Indian Medical Review
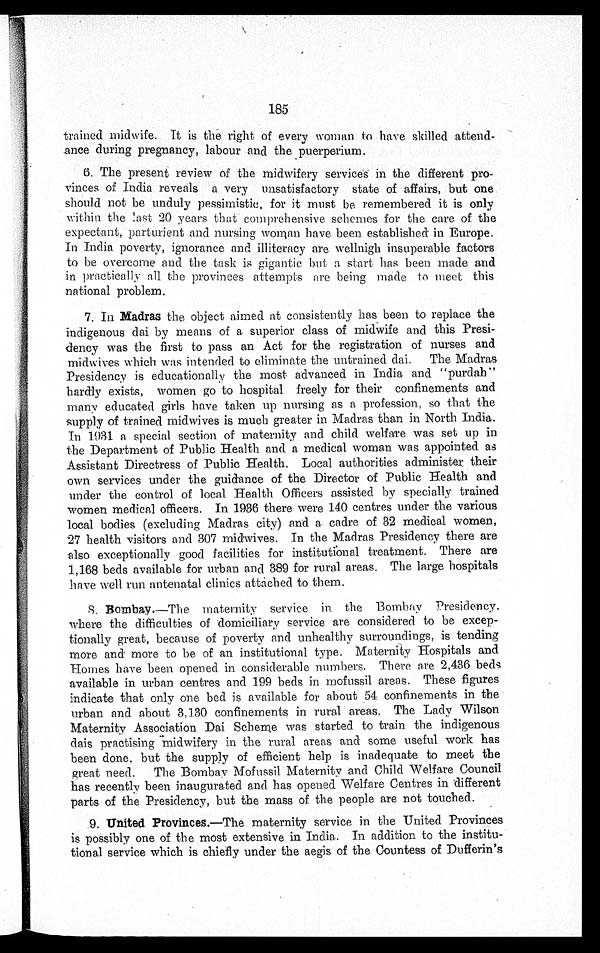
185
trained midwife. It is the right of every woman to have skilled attend
ance during pregnancy, labour and the puerperium.
6. The present review of the midwifery services . in the different pro
¬ v i n c e s o f I n d i a r e v e a l s a v e r y u n s a t i s f a c t o r y s t a t e o f a f f a i r s , b u t o n e
should not be unduly pessimistic, for it must be remembered it is only
within the last 20 years that comprehensive schemes for the care of the
expectant, parturient and nursing woman have been established in Europe.
In India poverty, ignorance and illiteracy are wellnigh insuperable factors
to be overcome and the task is gigantic but a start has been made and
in practically all the provinces attempts are being made to meet this
national problem.
7.
In Madras the object aimed at consistently has been to replace the
indigenous dai by means of a superior class of midwife and this Presi
¬ d e n c y w a s t h e f i r s t t o p a s s a n A c t f o r t h e r e g i s t r a t i o n o f n u r s e s a n d
midwives which was intended to eliminate the untrained dai. The Madras
Presidency is educationally the most advanced in India and "purdah"
hardly exists, women go to hospital freely for their confinements and
many educated girls have taken up nursing as a profession, so that the
supply of trained midwives is much greater in Madras than in North India.
In 1931 a special section of maternity and child welfare was set up in
the Department of Public Health and a medical woman was appointed as
Assistant Directress of Public Health. Local authorities administer their
own services under the guidance of the Director of Public Health and
under the control of local Health Officers assisted by specially trained
women medical officers. In 1936 there were 140 centres under the various
local bodies (excluding Madras city) and a cadre of 32 medical women,
27 health visitors and 307 midwives. In the Madras Presidency there are
also exceptionally good facilities for institutional treatment. There are
1,168 beds available for urban and 389 for rural areas. The large hospitals
have well run antenatal clinics attached to them.
8. B o m b a y .
—The maternity service in the Bombay Presidency.
where the difficulties of domiciliary service are considered to be excep-
tionally great, because of poverty and unhealthy surroundings, is tending
more and more to be of an institutional type. Maternity Hospitals and
Homes have been opened in considerable numbers. There are 2,436 beds
available in urban centres and 199 beds in mofussil areas. These figures
indicate that only one bed is available for about 54 confinements in the
urban and about 3,130 confinements in rural areas. The Lady Wilson
Maternity Association Dai Scheme was started to train the indigenous
dais practising midwifery in the rural areas and some useful work has
been done, but the supply of efficient help is inadequate to meet the
great need. The Bombay Mofussil Maternity and Child Welfare Council
has recently been inaugurated and has opened Welfare Centres in different
parts of the Presidency, but the mass of the people are not touched.
9. United Provinces.—The maternity service in the United Provinces
is possibly one of the most extensive in India. In addition to the institu-
tional service which is chiefly under the aegis of the Countess of Dufferin's